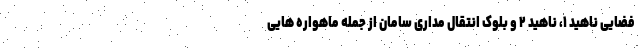
فضایی ناهید ۱، ناهید ۲ و بلوک انتقال مداری سامان از جمله ماهواره هایی